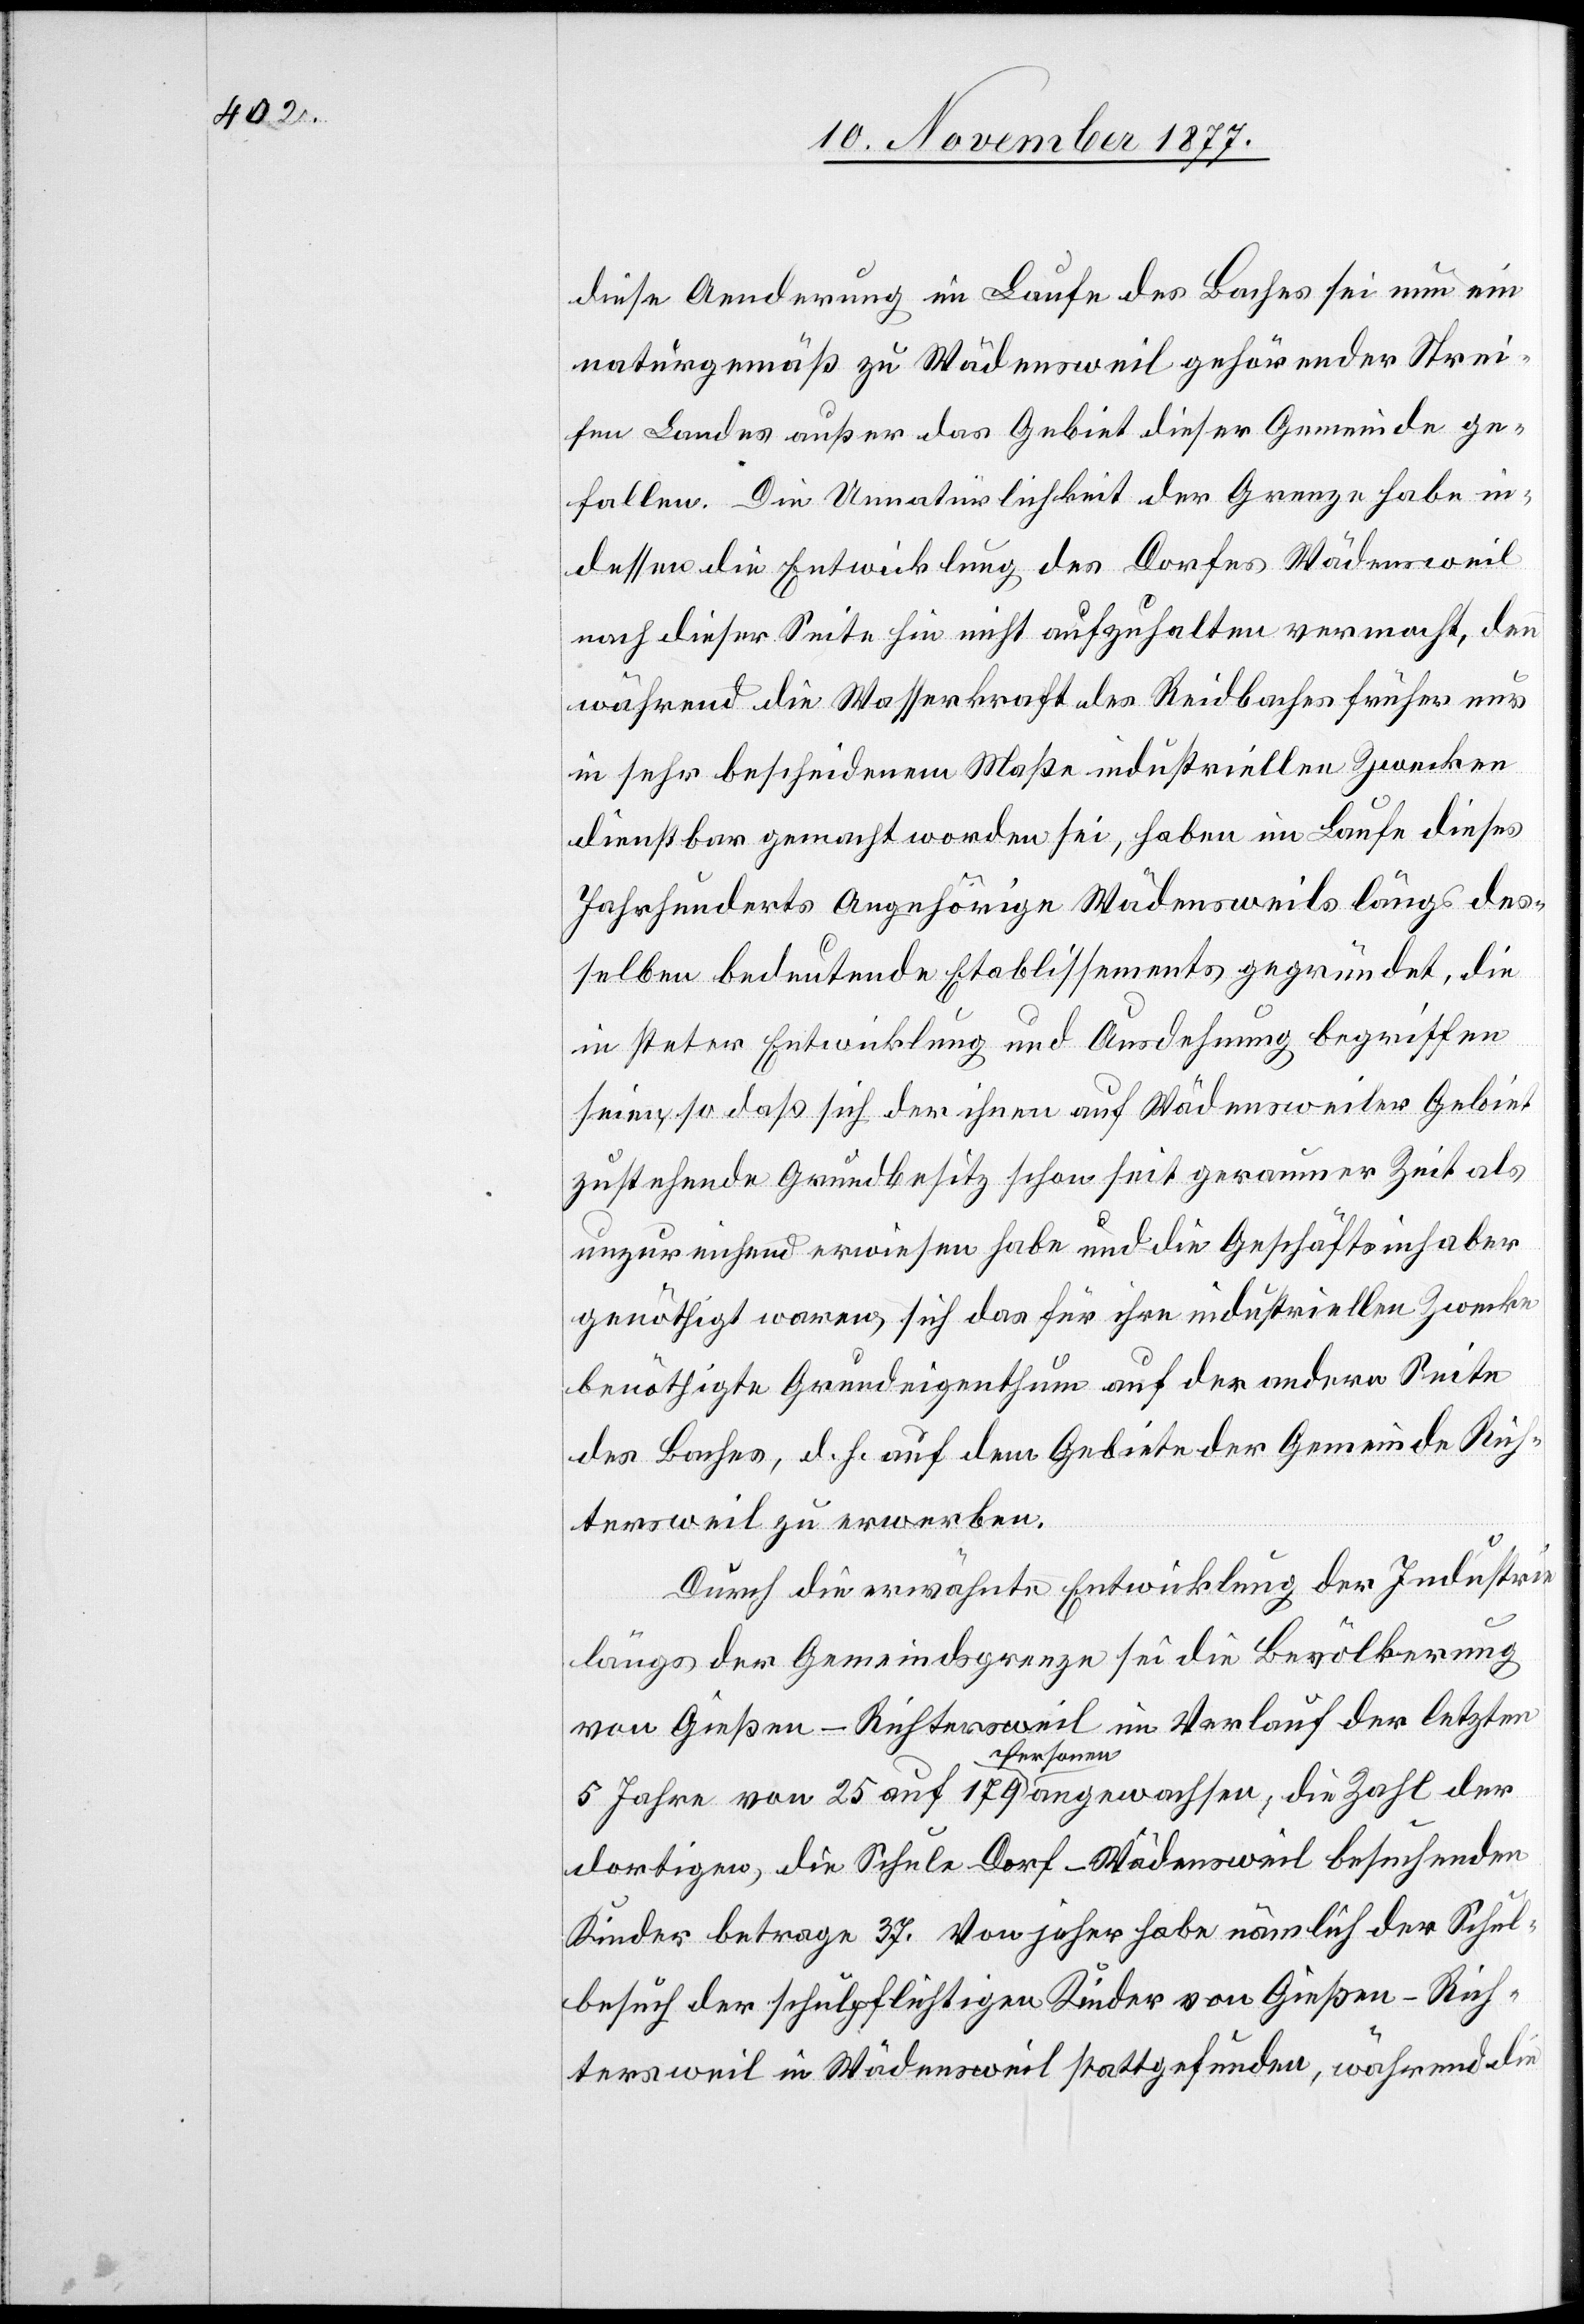
diese Aenderung im Laufe des Baches sei nun ein
naturgemäß zu Wädensweil gehörender Strei¬
fen Landes außer das Gebiet dieser Gemeinde ge¬
fallen. Die Unnatürlichkeit der Grenze habe in¬
dessen die Entwicklung des Dorfes Wädensweil
nach dieser Seite hin nicht aufzuhalten vermocht, denn
während die Wasserkraft des Reidbaches früher nur
in sehr bescheidenem Maße industriellen Zwecken
dienstbar gemacht worden sei, haben im Laufe dieses
Jahrhunderts Angehörige Wädensweils längs des¬
selben bedeutende Etablissements gegründet, die
in steter Entwicklung und Ausdehnung begriffen
seien, so daß sich der ihnen auf Wädensweiler Gebiet
zustehende Grundbesitz schon seit geraumer Zeit als
unzureichend erwiesen habe und die Geschäftsinhaber
genöthigt waren, sich das für ihre industriellen Zwecke
benöthigte Grundeigenthum auf der andern Seite
des Baches, d. h. auf dem Gebiete der Gemeinde Rich¬
tersweil zu erwerben.
Durch die erwähnte Entwicklung der Industrie
längs der Gemeindsgrenze sei die Bevölkerung
von Gießen - Richtersweil im Verlauf der letzten
5 Jahre von 25 auf 179 Personen angewachsen; die Zahl der
dortigen, die Schule Dorf - Wädensweil besuchenden
Kinder betrage 37. Von jeher habe nämlich der Schul¬
besuch der schulpflichtigen Kinder von Gießen - Rich¬
tersweil in Wädensweil stattgefunden, während die